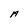
Character: A